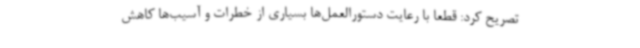
تصریح کرد: قطعا با رعایت دستورالعمل‌ها بسیاری از خطرات و آسیب‌ها کاهش